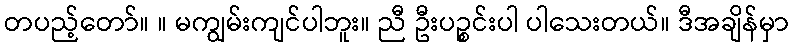
တပည့်တော်။ ။ မကျွမ်းကျင်ပါဘူး။ ညီ ဦးပဉ္စင်းပါ ပါသေးတယ်။ ဒီအချိန်မှာ